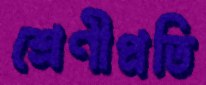
শ্রেণীপ্রতি